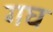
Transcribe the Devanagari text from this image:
गघ